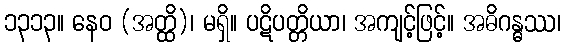
၁၃၁၃။ နေဝ (အတ္ထိ)၊ မရှိ။ ပဋိပတ္တိယာ၊ အကျင့်ဖြင့်။ အဓိဂန္ဓဿ၊